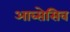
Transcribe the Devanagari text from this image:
आब्सेसिव